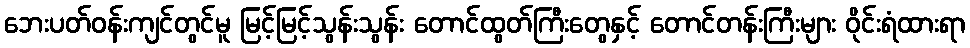
ဘေးပတ်ဝန်းကျင်တွင်မူ မြင့်မြင့်သွန်းသွန်း တောင်ထွတ်ကြီးတွေနှင့် တောင်တန်းကြီးများ ဝိုင်းရံထားရာ